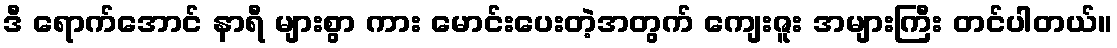
ဒီ ရောက်အောင် နာရီ များစွာ ကား မောင်းပေးတဲ့အတွက် ကျေးဇူး အများကြီး တင်ပါတယ်။